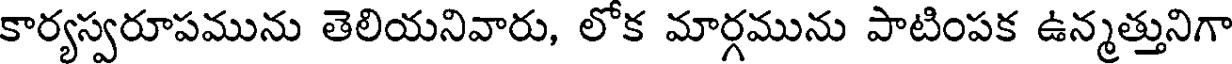
కార్యస్వరూపమును తెలియనివారు, లోక మార్గమును పాటింపక ఉన్మత్తునిగా